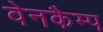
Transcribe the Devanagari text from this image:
वेनकैम्प